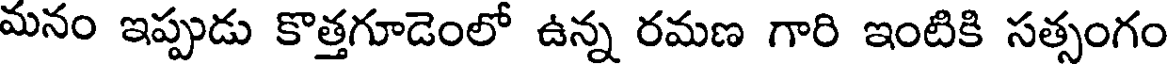
మనం ఇప్పుడు కొత్తగూడెంలో ఉన్న రమణ గారి ఇంటికి సత్సంగం